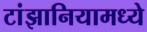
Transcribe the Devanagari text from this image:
टांझानियामध्ये